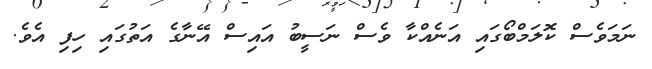
ނަމަވެސް ކޮލަމްބޯގައި އަނެއްކާ ވެސް ނަސީބު އައިސް އޭނާގެ އަތުގައި ހިފި އެވެ.